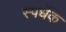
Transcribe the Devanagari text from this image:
स्पर्धेक